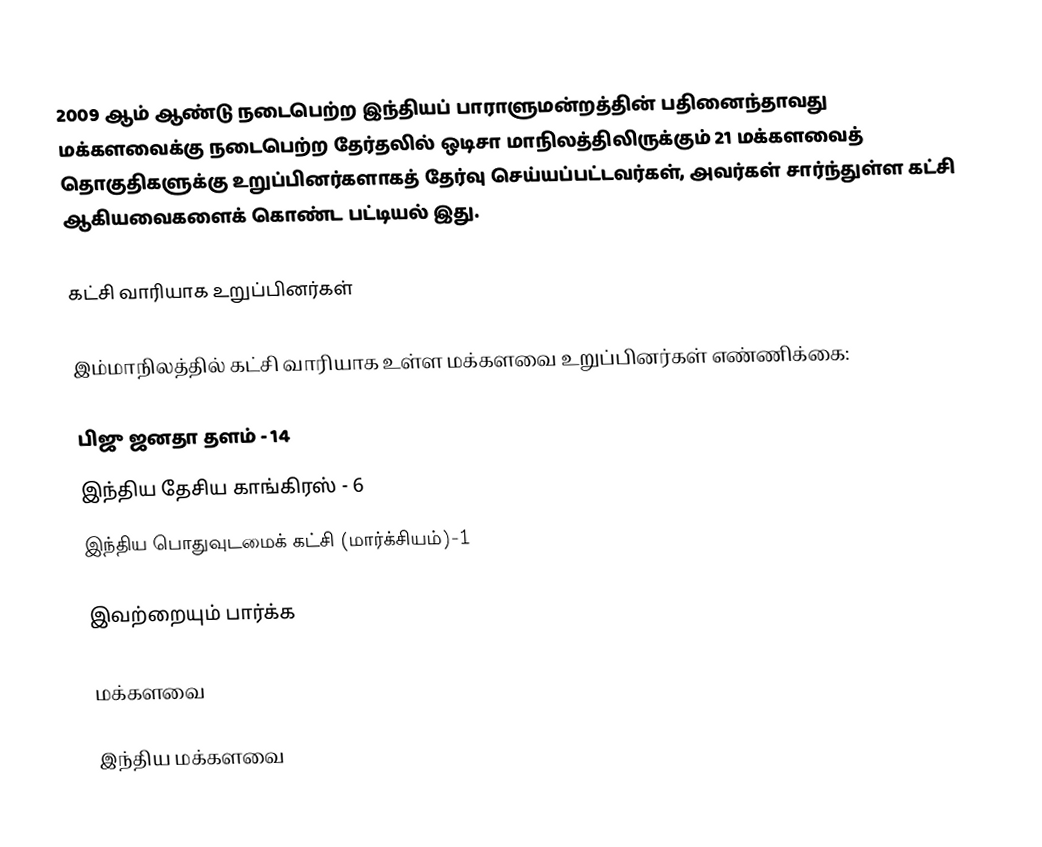
2009 ஆம் ஆண்டு நடைபெற்ற இந்தியப் பாராளுமன்றத்தின் பதினைந்தாவது மக்களவைக்கு நடைபெற்ற தேர்தலில் ஒடிசா மாநிலத்திலிருக்கும் 21 மக்களவைத் தொகுதிகளுக்கு உறுப்பினர்களாகத் தேர்வு செய்யப்பட்டவர்கள், அவர்கள் சார்ந்துள்ள கட்சி ஆகியவைகளைக் கொண்ட பட்டியல் இது.

கட்சி வாரியாக உறுப்பினர்கள்

இம்மாநிலத்தில் கட்சி வாரியாக உள்ள மக்களவை உறுப்பினர்கள் எண்ணிக்கை:

பிஜு ஜனதா தளம் - 14
இந்திய தேசிய காங்கிரஸ் - 6
இந்திய பொதுவுடமைக் கட்சி (மார்க்சியம்)-1

இவற்றையும் பார்க்க

 மக்களவை

இந்திய மக்களவை